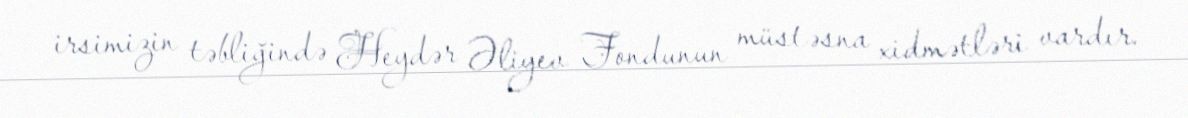
irsimizin təbliğində Heydər Əliyev Fondunun müstəsna xidmətləri vardır.